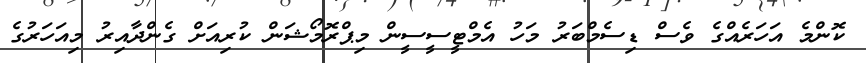
ކޮންމެ އަހަރެއްގެ ވެސް ޑިސެމްބަރު މަހު އެމްޓީސީސީން މިޕްރޮމޯޝަން ކުރިއަށް ގެންދާއިރު މިއަހަރުގެ